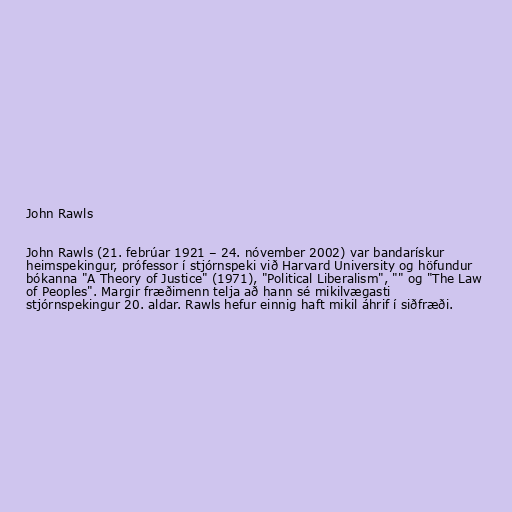
John Rawls

John Rawls (21. febrúar 1921 – 24. nóvember 2002) var bandarískur
heimspekingur, prófessor í stjórnspeki við Harvard University og höfundur
bókanna "A Theory of Justice" (1971), "Political Liberalism", "" og "The Law
of Peoples". Margir fræðimenn telja að hann sé mikilvægasti
stjórnspekingur 20. aldar. Rawls hefur einnig haft mikil áhrif í siðfræði.